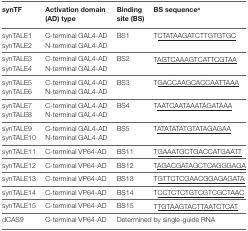
| synTF | Activation domain (AD) type | Binding site (BS) | BS sequencea |
 | --- | --- | --- | --- |
 | synTALE1 | C-terminal GAL4-AD | <ROWSPAN=2> BS1 | <ROWSPAN=2> T<underline>CTATAAGATCTTGTGTGC</underline> |
 | synTALE2 | N-terminal GAL4-AD |
 | synTALE3 | C-terminal GAL4-AD | <ROWSPAN=2> BS2 | <ROWSPAN=2> T<underline>AGTCAAAGTCATTCGTAA</underline> |
 | synTALE4 | N-terminal GAL4-AD |
 | synTALE5 | C-terminal GAL4-AD | <ROWSPAN=2> BS3 | <ROWSPAN=2> T<underline>GACCAAGCACCAATTAAA</underline> |
 | synTALE6 | N-terminal GAL4-AD |
 | synTALE7 | C-terminal GAL4-AD | <ROWSPAN=2> BS4 | <ROWSPAN=2> T<underline>AATCAATAAATAGATAAA</underline> |
 | synTALE8 | N-terminal GAL4-AD |
 | synTALE9 | C-terminal GAL4-AD | <ROWSPAN=2> BS5 | <ROWSPAN=2> T<underline>ATATATATGTATAGAGAA</underline> |
 | synTALE10 | N-terminal GAL4-AD |
 | synTALE11 | C-terminal VP64-AD | BS11 | T<underline>GAAATGCTGACCATGAATT</underline> |
 | synTALE12 | C-terminal VP64-AD | BS12 | T<underline>AGACGATAGCTCAGGGAGA</underline> |
 | synTALE13 | C-terminal VP64-AD | BS13 | T<underline>GTTCTCGAACGGAGAGATA</underline> |
 | synTALE14 | C-terminal VP64-AD | BS14 | T<underline>CCTCTCTGTCGTCGCTAAC</underline> |
 | synTALE15 | C-terminal VP64-AD | BS15 | T<underline>TGTAAGTACTTAATCTCAT</underline> |
 | dCAS9 | C-terminal VP64-AD | <COLSPAN=2> Determined by single-guide RNA |